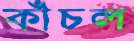
কাঁচল